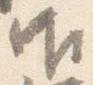
御